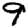
Digit: 9